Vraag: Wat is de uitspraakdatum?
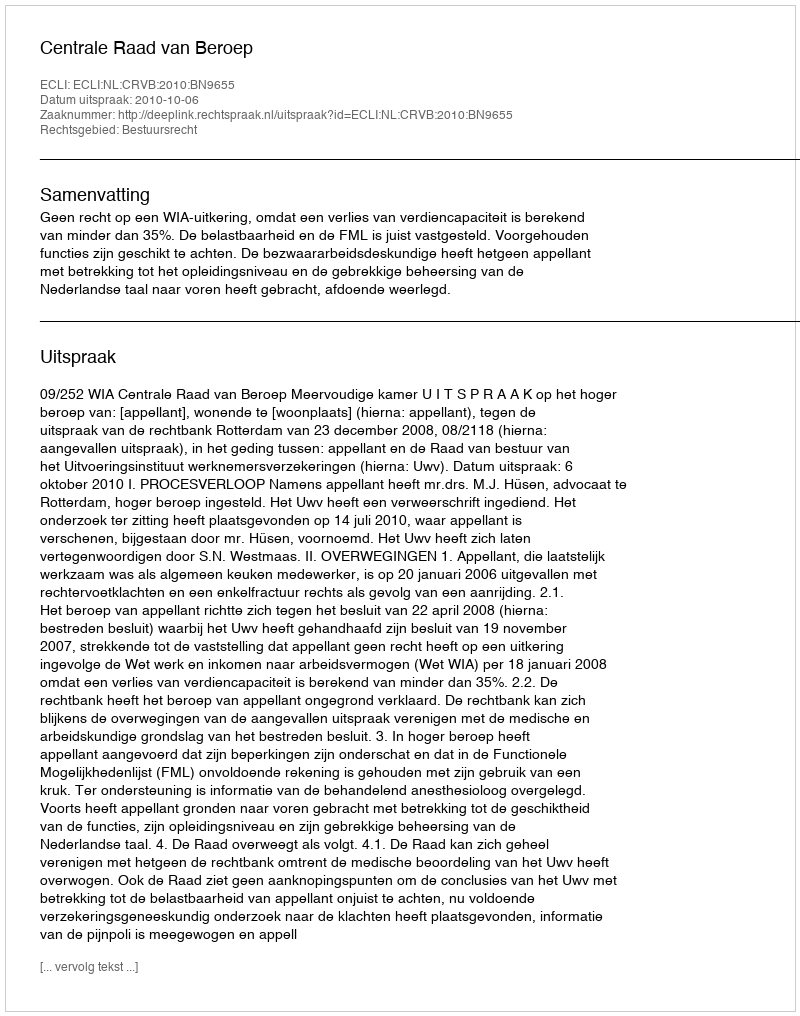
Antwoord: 2010-10-06